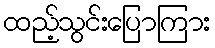
ထည့်သွင်းပြောကြား